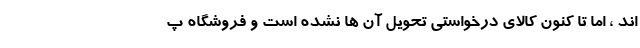
اند ، اما تا کنون کالای درخواستی تحویل آن ها نشده است و فروشگاه پ